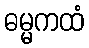
ဓမ္မကထံ